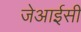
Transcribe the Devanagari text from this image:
जेआईसी